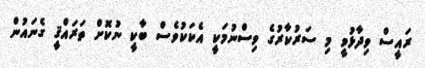
ރައީސް ވިދާޅުވީ މި ސަރުކާރުގެ ވިސްނުމަކީ އެކަކުވެސް ބާކީ ނުކޮށް ތަރައްޤީ ގެނައުން